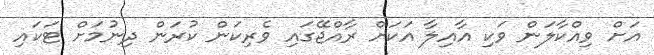
އަށް ވިއްކާލަން ވަކި އާއިލާ އަކަށް ރާއްޖޭގައި ވެރިކަން ކުރަން ދިނުމަށް ޓަކައި